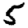
Digit: 5